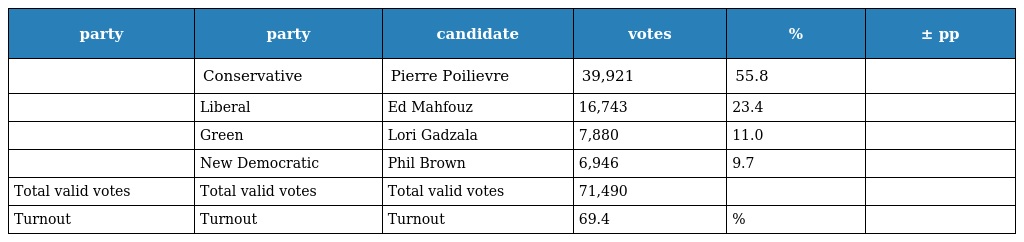
| party | party | candidate | votes | % | ± pp |
 | --- | --- | --- | --- | --- | --- |
 |  | Conservative | Pierre Poilievre | 39,921 | 55.8 |  |
 |  | Liberal | Ed Mahfouz | 16,743 | 23.4 |  |
 |  | Green | Lori Gadzala | 7,880 | 11.0 |  |
 |  | New Democratic | Phil Brown | 6,946 | 9.7 |  |
 | Total valid votes | Total valid votes | Total valid votes | 71,490 |  |  |
 | Turnout | Turnout | Turnout | 69.4 | % |  |